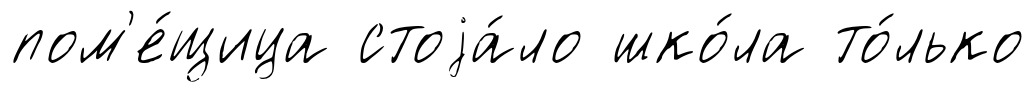
пом'е́щица стоjа́ло шко́ла то́лько